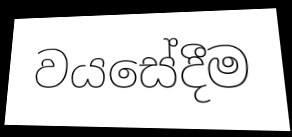
වයසේදීම